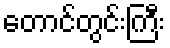
တောင်တွင်းကြီး